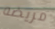
مريضه